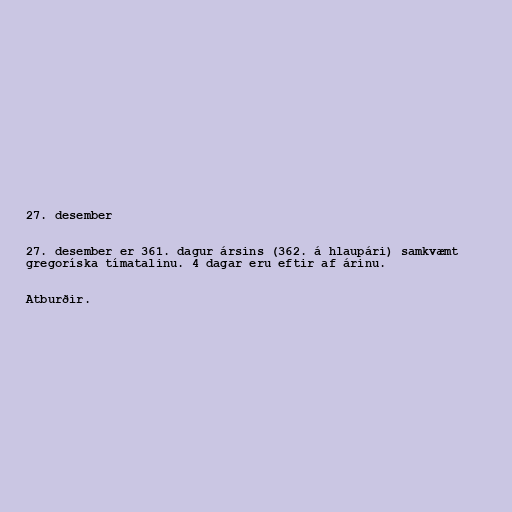
27. desember

27. desember er 361. dagur ársins (362. á hlaupári) samkvæmt
gregoríska tímatalinu. 4 dagar eru eftir af árinu.

Atburðir.